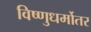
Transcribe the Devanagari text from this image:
विष्णुधर्मोतर